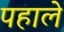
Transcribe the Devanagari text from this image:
पहाले